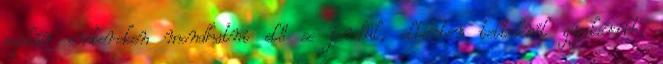
szikár embereken mondhatni elő se fordul, ellenben telteknél gyakoribb.